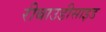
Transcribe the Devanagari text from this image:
रीबाउडीसाइड